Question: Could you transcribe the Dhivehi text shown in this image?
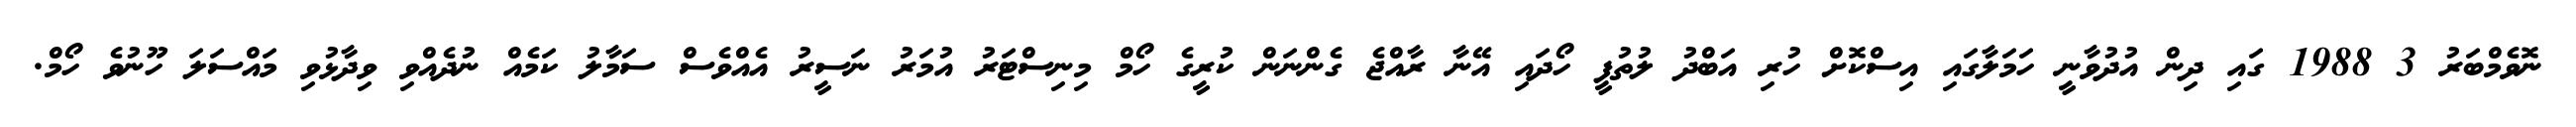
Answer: ނޮވެމްބަރު 3 1988 ގައި ދިން އުދުވާނީ ހަމަލާގައި އިސްކޮށް ހުރި އަބްދު ލުތުފީ ހޯދައި އޭނާ ރާއްޖެ ގެންނަން ކުރީގެ ހޯމް މިނިސްޓަރު އުމަރު ނަސީރު އެއްވެސް ސަމާލު ކަމެއް ނުދެއްވި ވިދާޅުވި މައްސަލަ ހޫނުވެ ހޯމް.